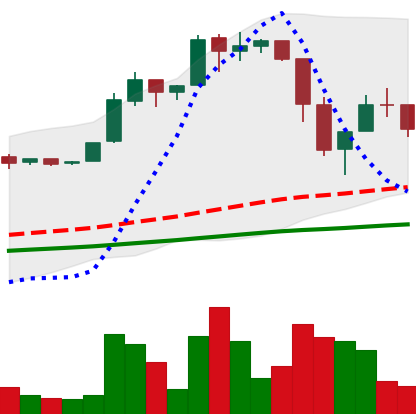
Ticker: BTC-USD
Chart end date: 2016-06-26
Forward return: 7.457%
Label: up_7plus